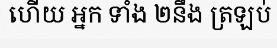
ហើយ អ្នក ទាំង ២នឹង ត្រឡប់